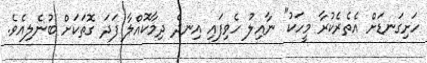
ހަށިގަނޑަށް އެތެރެކުރާ މީހަކު" ނާއިލު ހެވިފައި އިނދެ ދިމާކޮއްލާ ފަދަ ގޮތަކަށް ބުނެލިއެވެ.